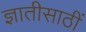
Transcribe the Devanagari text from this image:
ज्ञातीसाठीं